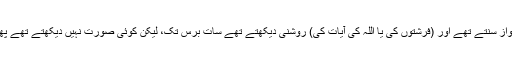
1593: سیدنا ابن عباسؓ کہتے ہیں کہ رسول اللہﷺ مکہ میں پندرہ برس تک (فرشتوں کی) آواز سنتے تھے اور (فرشتوں کی یا اللہ کی آیات کی) روشنی دیکھتے تھے سات برس تک، لیکن کوئی صورت نہیں دیکھتے تھے پھر آٹھ برس تک وحی آیا کرتی تھی اور دس برس تک مدینہ میں رہے (یہ روایت شاذ ہے )۔